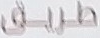
طريق